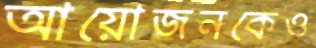
আয়োজনকেও